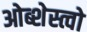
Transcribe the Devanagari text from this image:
ओब्शेस्त्वो